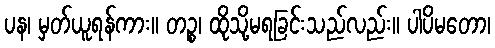
ပန၊ မှတ်ယူရန်ကား။ တဉ္စ၊ ထိုသို့မရခြင်းသည်လည်း။ ပါပိမတော၊